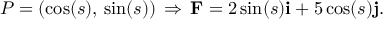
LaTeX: P = ( \cos ( s ) , \, \sin ( s ) ) \, \Rightarrow \, \mathbf { F } = 2 \sin ( s ) \mathbf { i } + 5 \cos ( s ) \mathbf { j } .